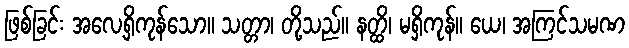
ဖြစ်ခြင်း အလေ့ရှိကုန်သော။ သတ္တာ၊ တို့သည်။ နတ္ထိ၊ မရှိကုန်။ ယေ၊ အကြင်သမဏ